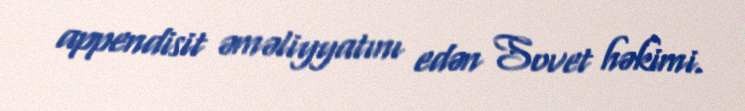
appendisit əməliyyatını edən Sovet həkimi.